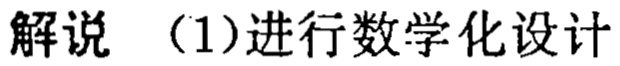
解说 （1）进行数学化设计